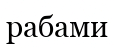
рабами